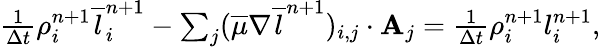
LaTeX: \begin{array}{r}{\frac{1}{\Delta t}\rho_{i}^{n+1}\overline{{l}}_{i}^{n+1}-\sum_{j}(\overline{{\mu}}\nabla\overline{{l}}^{n+1})_{i,j}\cdot\textbf{A}_{j}=\frac{1}{\Delta t}\rho_{i}^{n+1}{l}_{i}^{n+1},}\end{array}